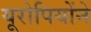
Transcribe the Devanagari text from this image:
यूरोपियोंने